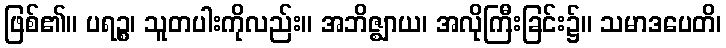
ဖြစ်၏။ ပရဉ္စ၊ သူတပါးကိုလည်း။ အဘိဇ္ဈာယ၊ အလိုကြီးခြင်း၌။ သမာဒပေတိ၊